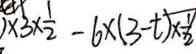
) \times 3 \times \frac { 1 } { 2 } - 6 \times ( 3 - t ) \times \frac { 1 } { 2 }